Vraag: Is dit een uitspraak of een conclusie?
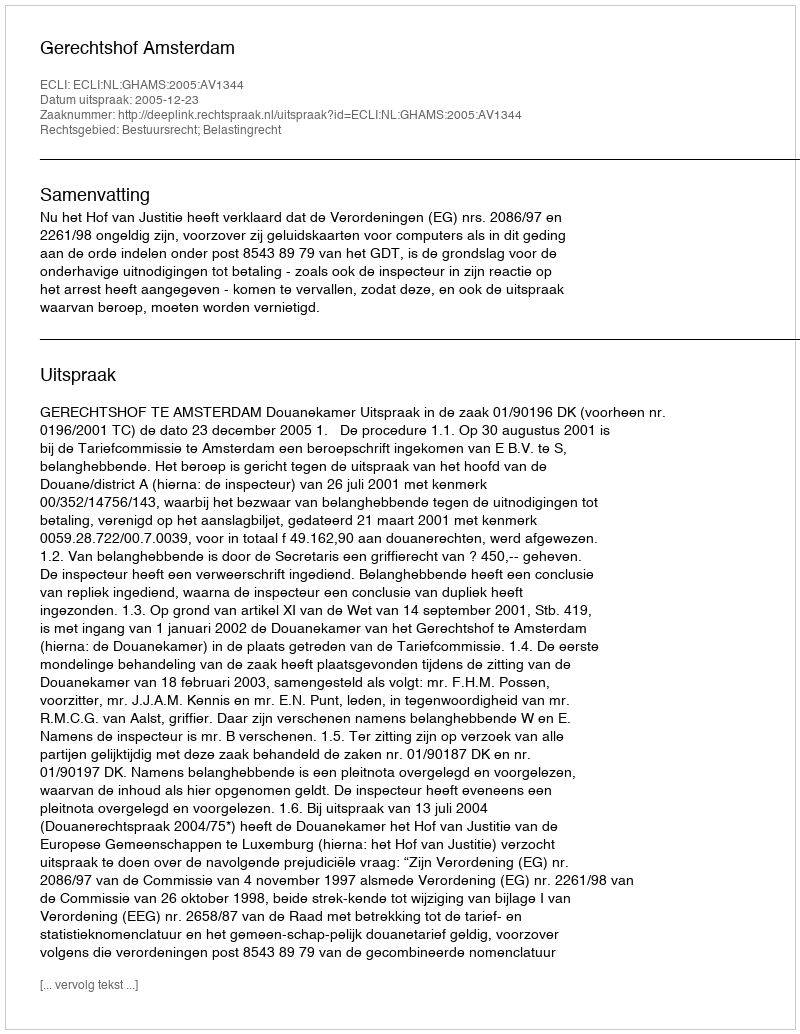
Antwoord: Uitspraak